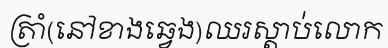
ត្រាំ(នៅខាងឆ្វេង)ឈរស្តាប់លោក